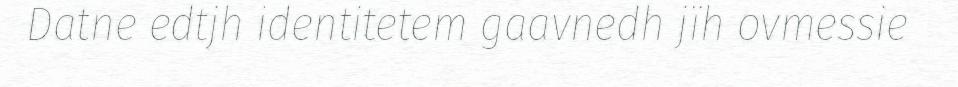
Datne edtjh identitetem gaavnedh jïh ovmessie